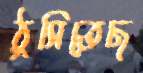
ঠুসিতেছ